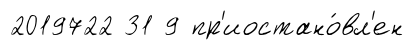
2019722 31 9 пр'иостано́вл'ен